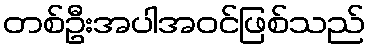
တစ်ဦးအပါအဝင်ဖြစ်သည်